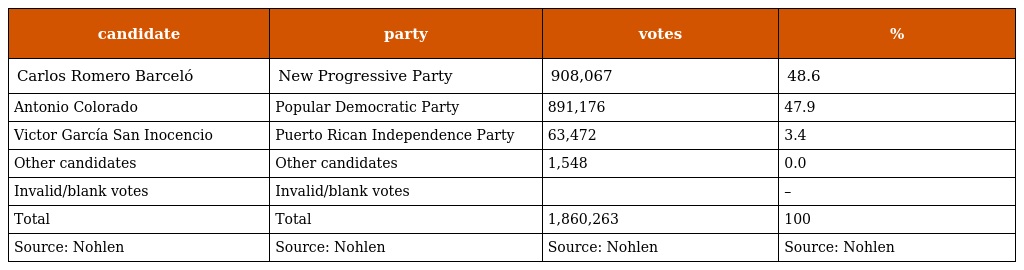
| candidate | party | votes | % |
 | --- | --- | --- | --- |
 | Carlos Romero Barceló | New Progressive Party | 908,067 | 48.6 |
 | Antonio Colorado | Popular Democratic Party | 891,176 | 47.9 |
 | Victor García San Inocencio | Puerto Rican Independence Party | 63,472 | 3.4 |
 | Other candidates | Other candidates | 1,548 | 0.0 |
 | Invalid/blank votes | Invalid/blank votes |  | – |
 | Total | Total | 1,860,263 | 100 |
 | Source: Nohlen | Source: Nohlen | Source: Nohlen | Source: Nohlen |